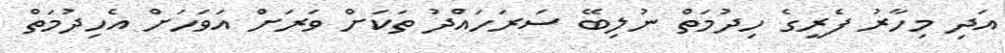
އަދި މިހާރު ފެރީގެ ހިދުމަތް ނުލިބޭ ސަރަހައްދު ތަކަށް ވަރަށް އަވަހަށް އެހިދުމަތް